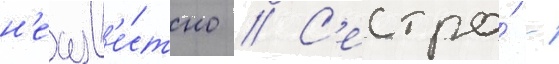
н'еизв'е́стно // С'естра́ -